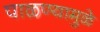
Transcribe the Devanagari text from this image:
पाळण्यामुळे